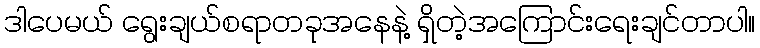
ဒါပေမယ် ရွေးချယ်စရာတခုအနေနဲ့ ရှိတဲ့အကြောင်းရေးချင်တာပါ။